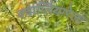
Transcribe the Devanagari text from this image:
क्वाग्लियारेला